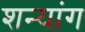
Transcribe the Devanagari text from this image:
शन्यांग